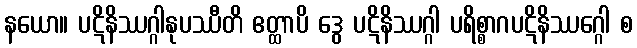
နယော။ ပဋိနိဿဂ္ဂါနုပဿီတိ ဧတ္ထာပိ ဒွေ ပဋိနိဿဂ္ဂါ ပရိစ္စာဂပဋိနိဿဂ္ဂေါ စ